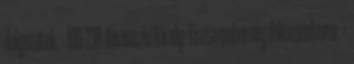
dolgozatok. – 198-230. Berenczki Károly: Tiszta emberség dokumentuma. =